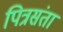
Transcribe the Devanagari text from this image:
पित्रसंता